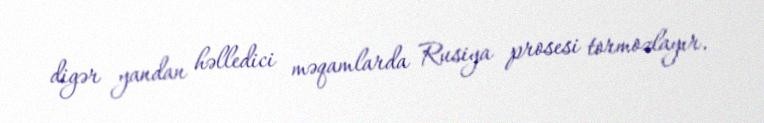
digər yandan həlledici məqamlarda Rusiya prosesi tormozlayır.